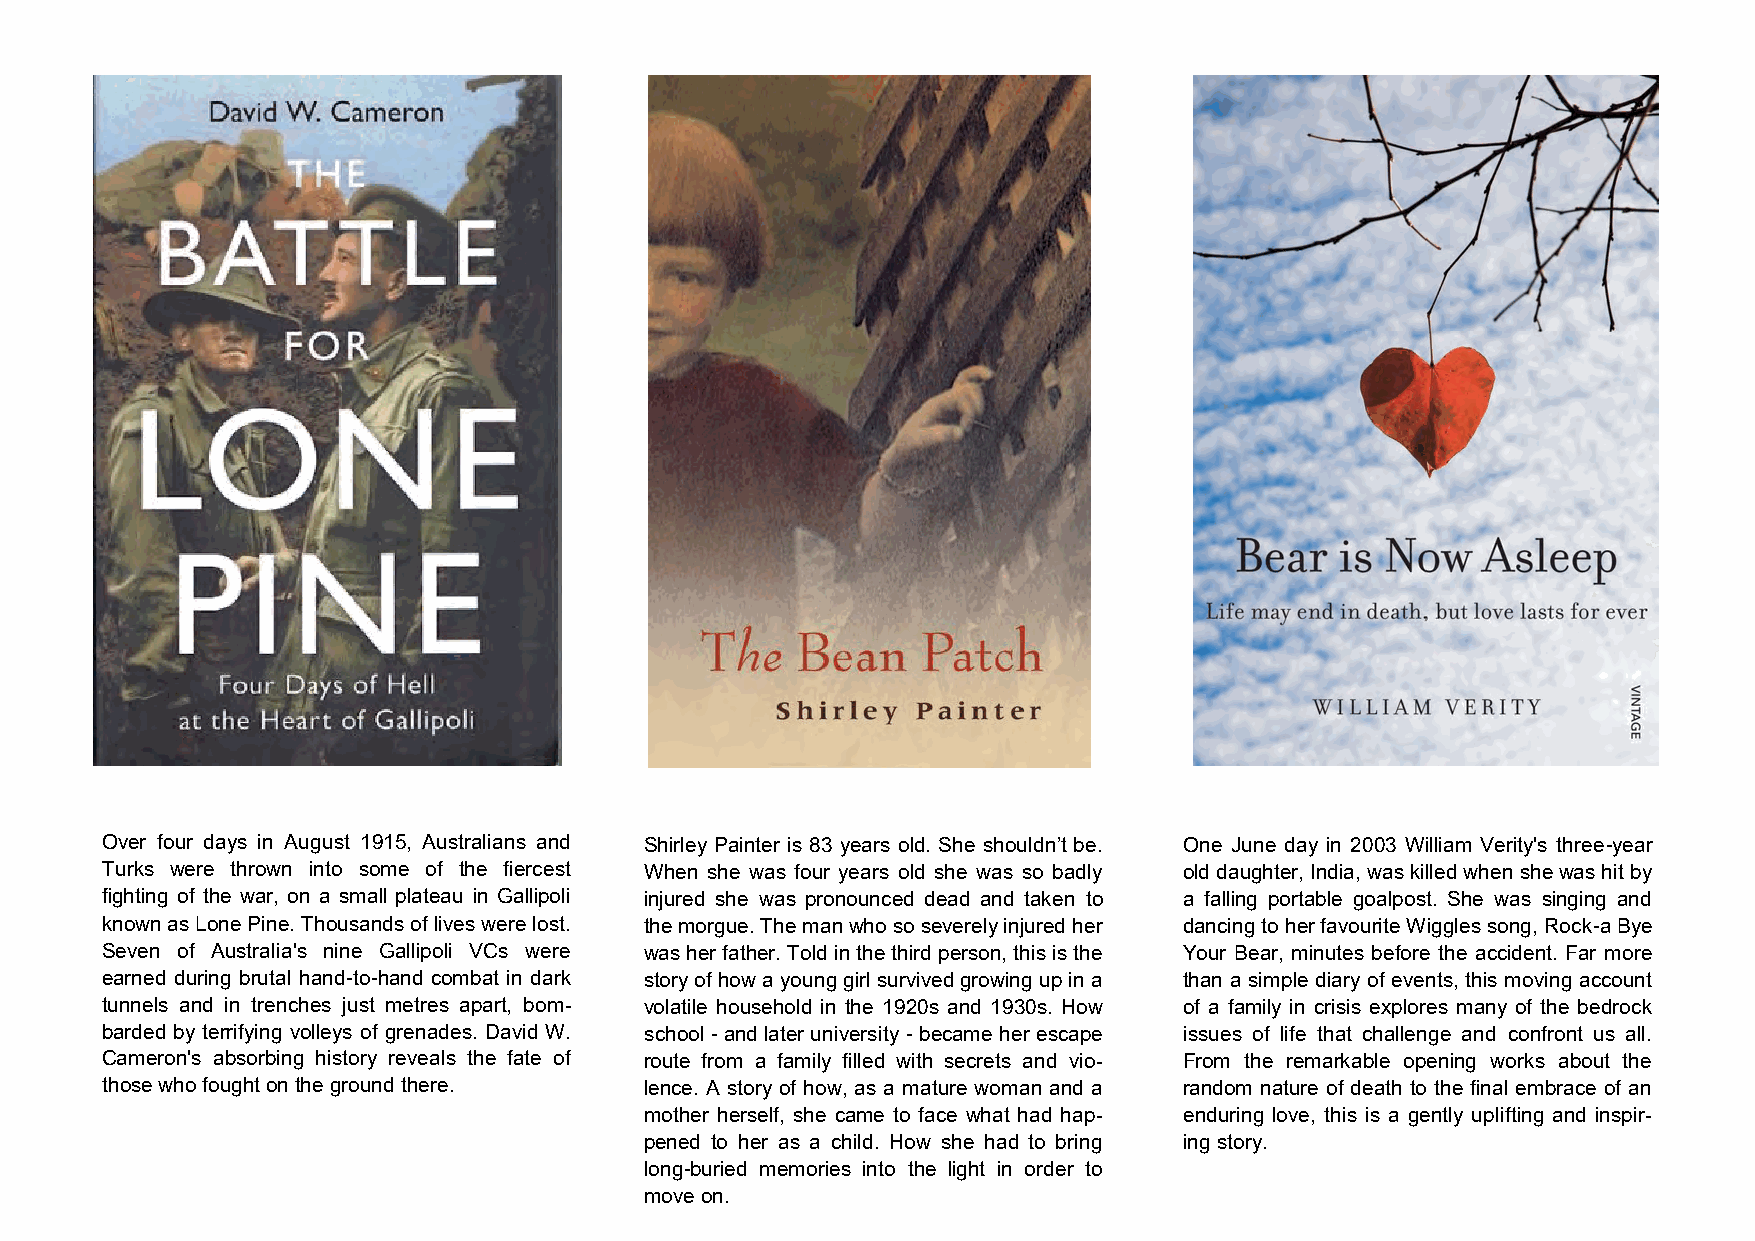
Over four days in August 1915, Australians and Shirley Painter is 83 years old. She shouldn’t be. One June day in 2003 William Verity's three-year
 Turks were thrown into some of the fiercest When she was four years old she was so badly old daughter, India, was killed when she was hit by
 fighting of the war, on a small plateau in Gallipoli injured she was pronounced dead and taken to a falling portable goalpost. She was singing and
 known as Lone Pine. Thousands of lives were lost. the morgue. The man who so severely injured her dancing to her favourite Wiggles song, Rock-a Bye
 Seven of Australia's nine Gallipoli VCs were was her father. Told in the third person, this is the Your Bear, minutes before the accident. Far more
 earned during brutal hand-to-hand combat in dark story of how a young girl survived growing up in a than a simple diary of events, this moving account
 tunnels and in trenches just metres apart, bom- volatile household in the 1920s and 1930s. How of a family in crisis explores many of the bedrock
 barded by terrifying volleys of grenades. David W. school - and later university - became her escape issues of life that challenge and confront us all.
 Cameron's absorbing history reveals the fate of route from a family filled with secrets and vio- From the remarkable opening works about the
 those who fought on the ground there. lence. A story of how, as a mature woman and a random nature of death to the final embrace of an
 mother herself, she came to face what had hap- enduring love, this is a gently uplifting and inspir-
 pened to her as a child. How she had to bring ing story.
 long-buried memories into the light in order to
 move on.